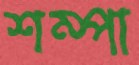
শম্পা